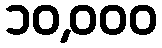
၁၀,၀၀၀